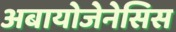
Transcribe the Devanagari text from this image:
अबायोजेनेसिस